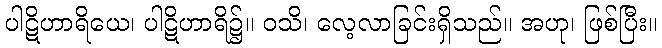
ပါဋိဟာရိယေ၊ ပါဋိဟာရိ၌။ ဝသိ၊ လေ့လာခြင်းရှိသည်။ အဟု၊ ဖြစ်ပြီး။